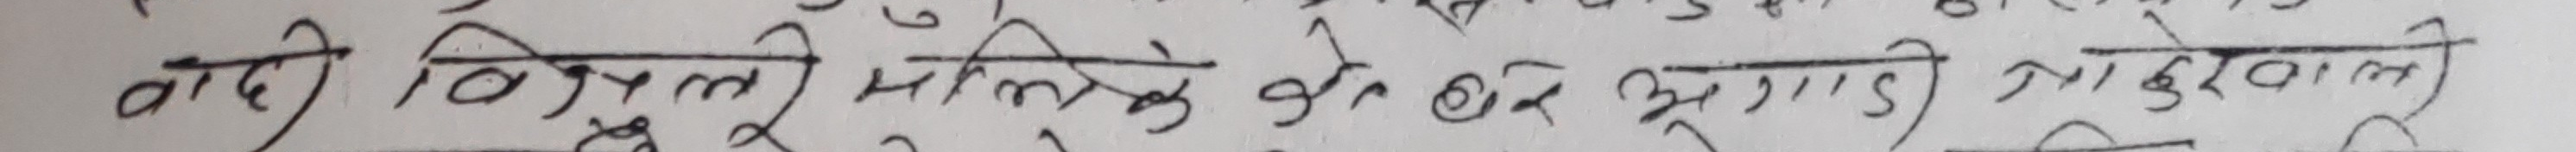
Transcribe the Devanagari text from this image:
वादी बिजुली मलिके को चैत १२ मिति २०४०